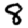
Digit: 8